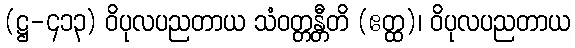
(ဋ္ဌ-၄၁၃) ဝိပုလပညတာယ သံဝတ္တန္တီတိ (ဧတ္ထ)၊ ဝိပုလပညတာယ